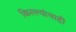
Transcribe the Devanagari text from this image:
किल्ल्यांचाही